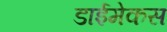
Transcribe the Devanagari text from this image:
डाईमेकस